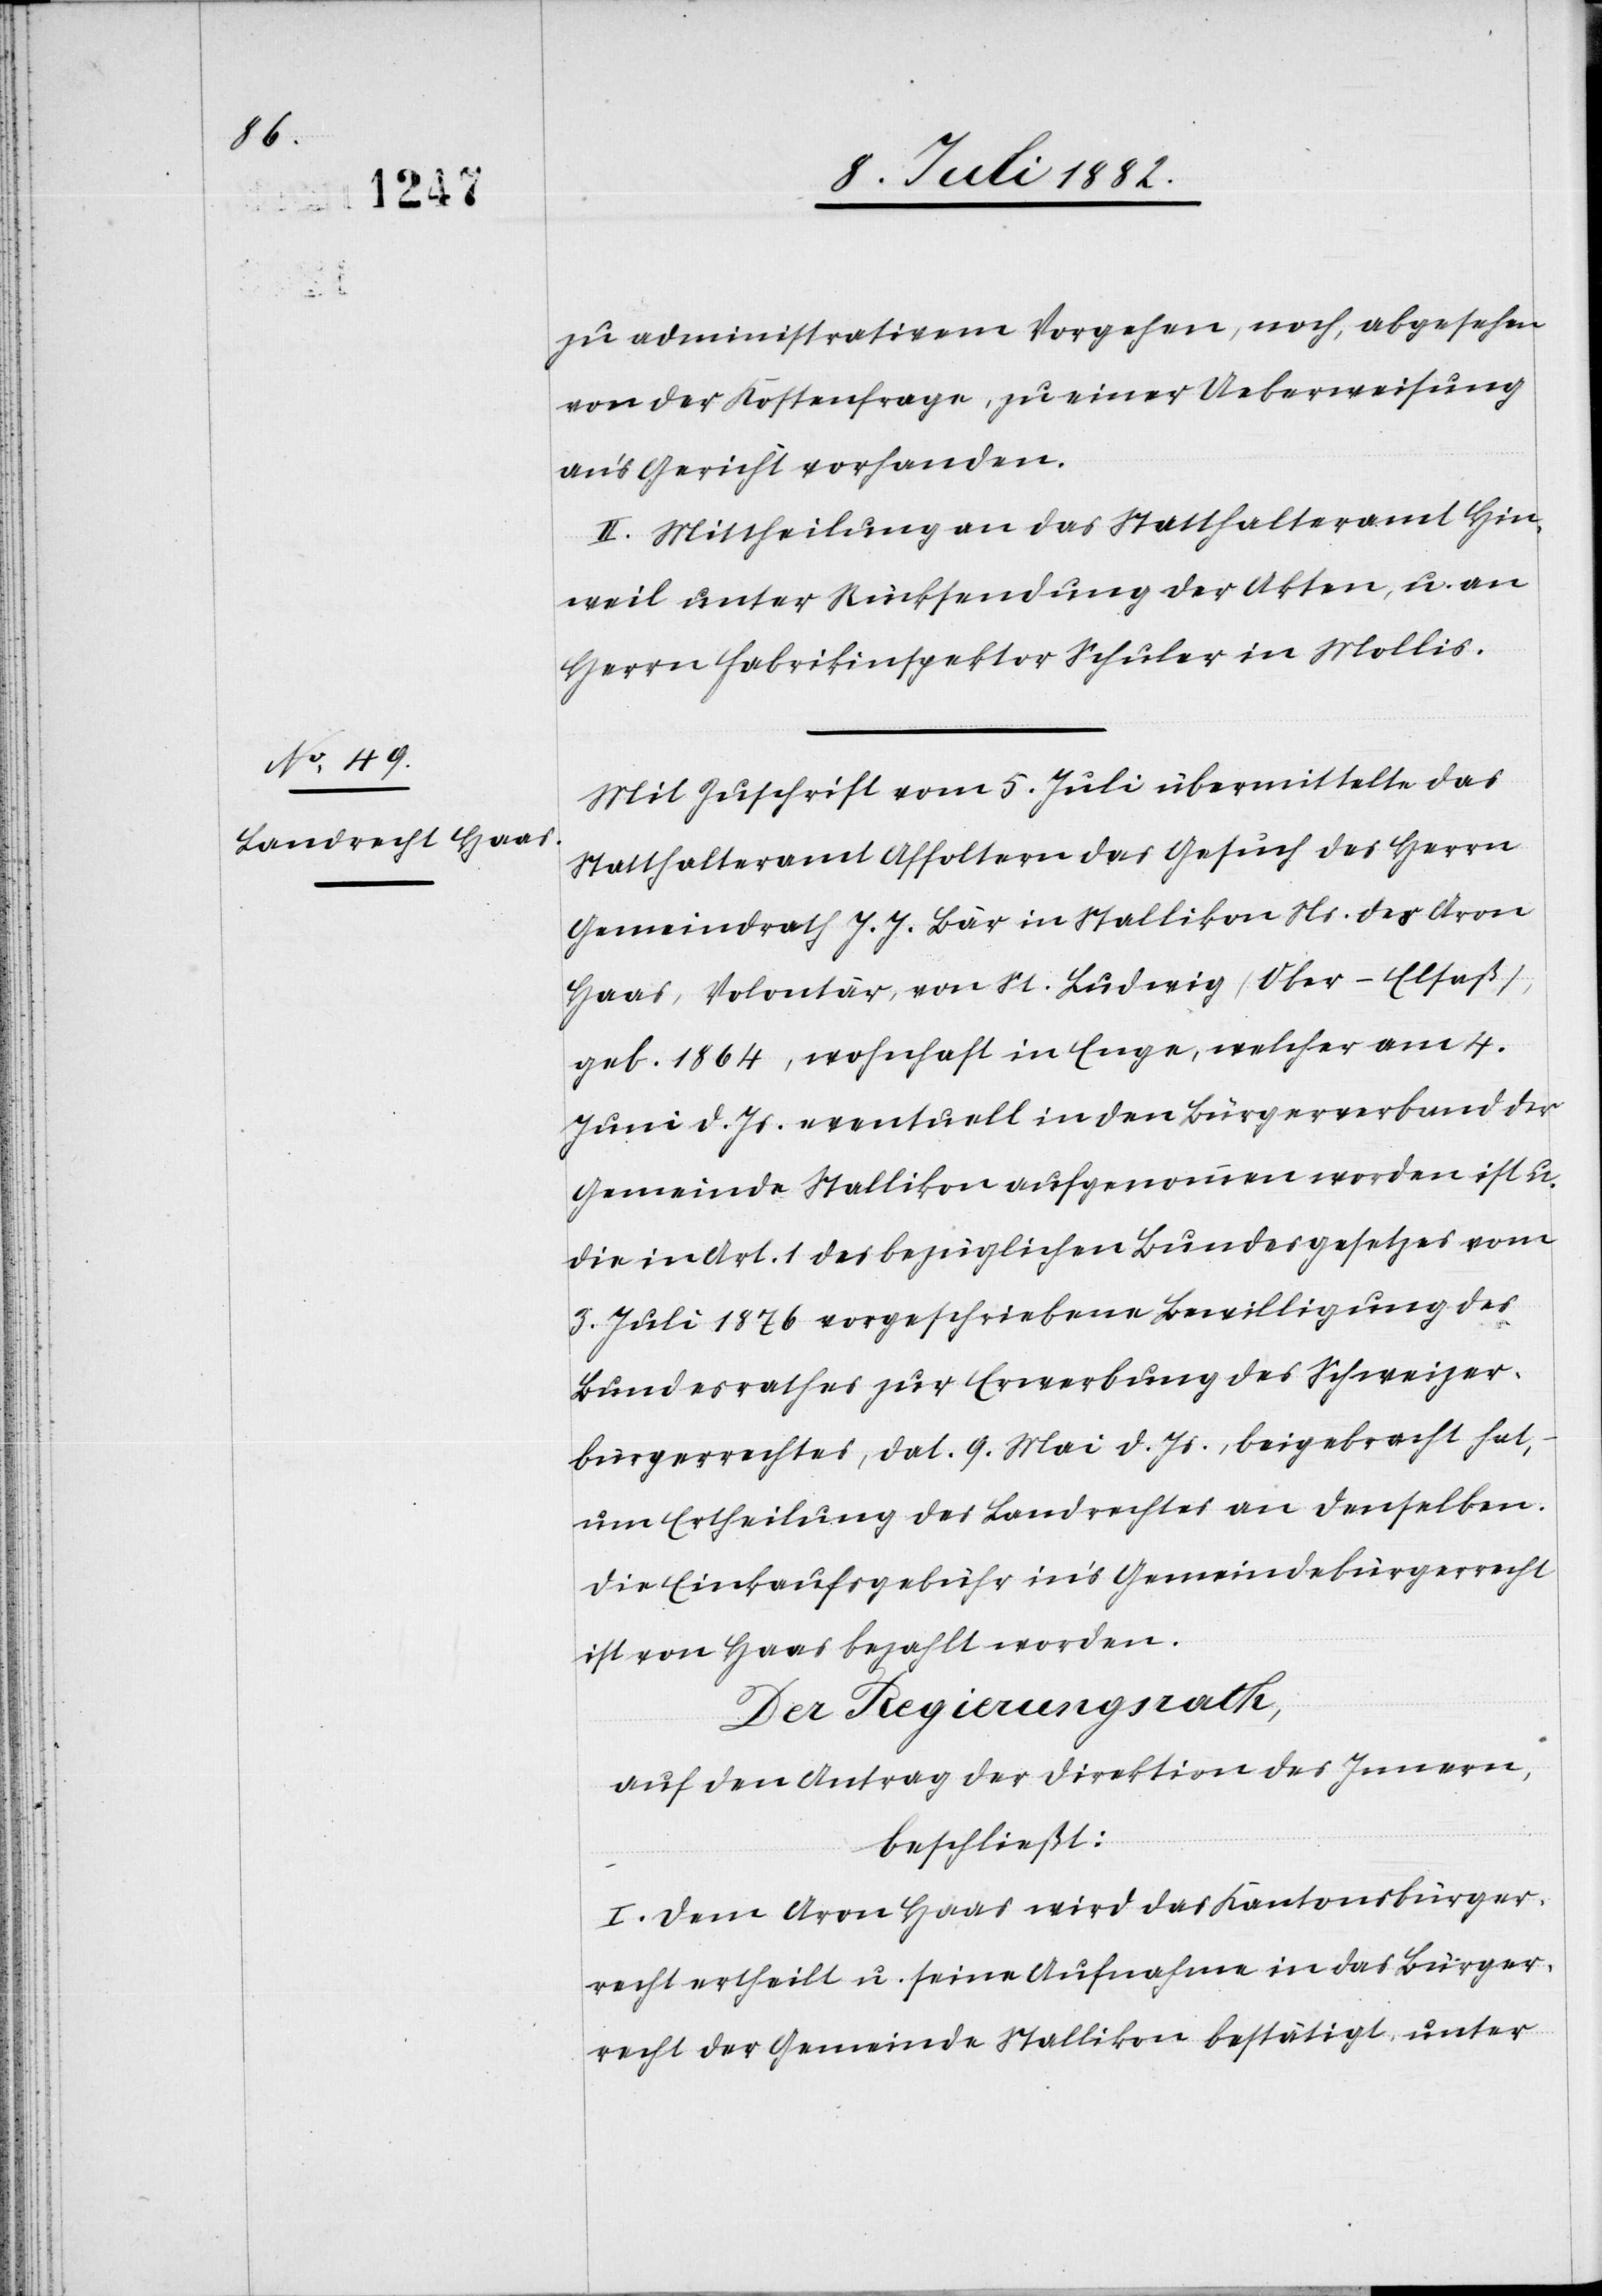
zu administrativem Vorgehen, noch, abgesehen
von der Kostenfrage, zu einer Ueberweisung
an’s Gericht vorhanden.
II. Mittheilung an das Statthalteramt Hin¬
weil unter Rücksendung der Akten, u. an
Herrn Fabrikinspektor Schuler in Mollis.
Mit Zuschrift vom 5. Juli übermittelte das
Statthalteramt Affoltern das Gesuch des Herrn
Gemeindrath J. J. Bär in Stallikon Ns. des Aron
Haas, Volontär, von St. Ludwig (Ober-Elsaß),
geb. 1864, wohnhaft in Enge, welcher am 4.
Juni d. Js. eventuell in den Bürgerverband der
Gemeinde Stallikon aufgenommen worden ist u.
die in Art. 1 des bezüglichen Bundesgesetzes vom
3. Juli 1876 vorgeschriebene Bewilligung des
Bundesrathes zur Erwerbung des Schweizer¬
bürgerrechtes, dat. 9. Mai d. Js., beigebracht hat,
um Ertheilung des Landrechtes an denselben.
Die Einkaufsgebühr in’s Gemeindebürgerrecht
ist von Haas bezahlt worden.
Der Regierungsrath;
auf den Antrag der Direktion des Innern,
beschließt:
I. Dem Aron Haas wird das Kantonsbürger¬
recht ertheilt u. seine Aufnahme in das Bürger¬
recht der Gemeinde Stallikon bestätigt, unter